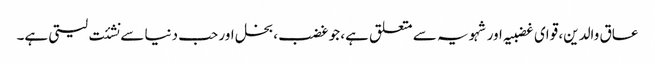
عاق والدین، قوای غضبیہ اور شہویہ سے متعلق ہے، جو غضب، بخل اور حب دنیا سے نشئت لیتی ہے۔